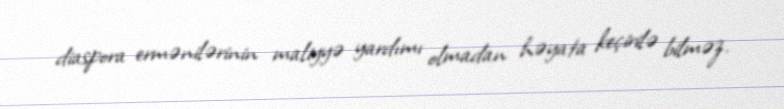
diaspora ermənilərinin maliyyə yardımı olmadan həyata keçirilə bilməz.